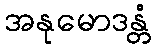
အနုမောဒန္တံ